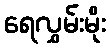
ရေလွှမ်းမိုး